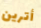
أترين